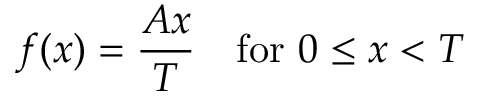
f ( x ) = { \frac { A x } { T } } \quad { \mathrm { f o r ~ } } 0 \leq x < T